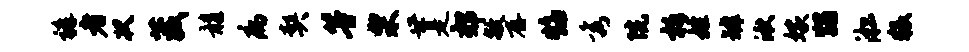
裤者状葳髓病契等栗世是郊敏存焰秀院柝姓罅湫嫁蠲淞猥